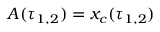
A ( \tau _ { 1 , 2 } ) = x _ { c } ( \tau _ { 1 , 2 } )